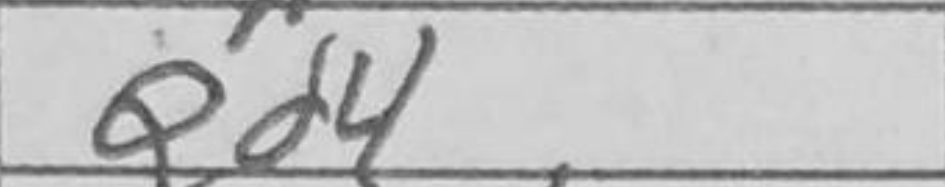
Transcription: Qd4